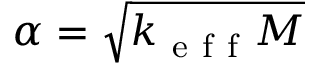
\alpha = \sqrt { k _ { \mathrm { ~ e ~ f ~ f ~ } } M }